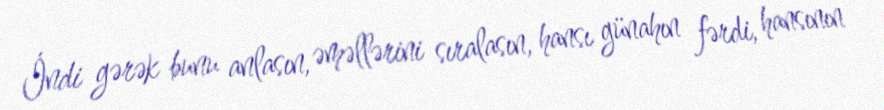
İndi gərək bunu anlasın, əməllərini sıralasın, hansı günahın fərdi, hansının